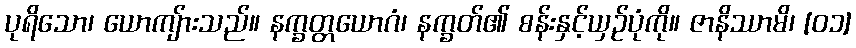
ပုရိသော၊ ယောကျ်ားသည်။ နက္ခတ္တယောဂံ၊ နက္ခတ်၏ စန်းနှင့်ယှဉ်ပုံကို။ ဇာနိဿာမိ၊ [၀၁]